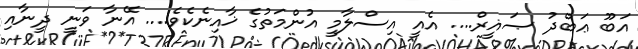
އަބޫ ޢަބްދު ޞަޣީރް.... އެއީ އިސްލާމީ އުންމަތުގެ ޚާއިނެކެވެ.... އޭނާ ވަނީ ދީނާއި